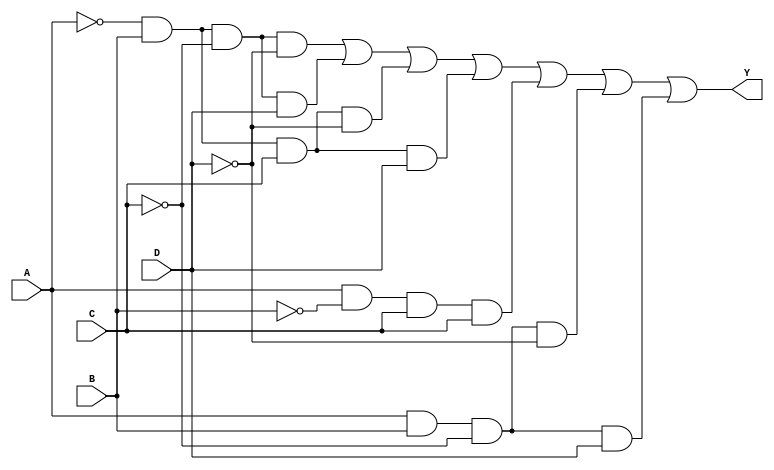
`timescale 10ns/1ns
module comb_Y2(Y,A,B,C,D);
  output Y;
  input A,B,C,D;
  wire a1,a2,a3,a4,a5,a6,a7;
  assign a1=(~A)&B&(~C)&(~D);
  assign a2=(~A)&B&(~C)&D;
  assign a3=(~A)&B&C&(~D);
  assign a4=(~A)&B&C&D;
  assign a5=A&(~B)&C&C;
  assign a6=A&B&(~C)&(~D);
  assign a7=A&B&(~C)&D;
  assign Y=a1|a2|a3|a4|a5|a6|a7;
endmodule